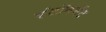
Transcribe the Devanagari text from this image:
एंटॉनमेंट